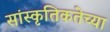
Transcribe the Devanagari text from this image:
सांस्कृतिकतेच्या